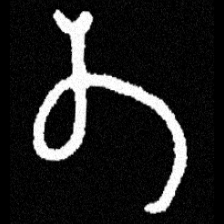
Pyu character \u2014 Myanmar letter: တ (romanized: ta)